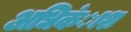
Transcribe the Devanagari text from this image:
अधिकंाश